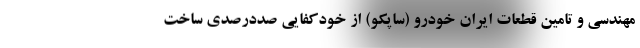
مهندسی و تامین قطعات ایران خودرو (ساپکو) از خودکفایی صددرصدی ساخت